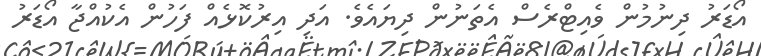
އޯޑަރު ދިނުމުން ވެއިޓްރެސް އެތަނުން ދިޔައެވެ. އަދި އިރުކޮޅެއް ފަހުން އެކުއްޖާ އޯޑަރު